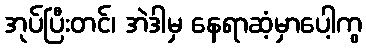
အုပ်ပြီးတင်၊ အဲဒါမှ နေရာဆံ့မှာပေါ့ကွ